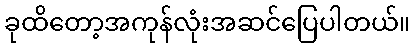
ခုထိတော့အကုန်လုံးအဆင်ပြေပါတယ်။